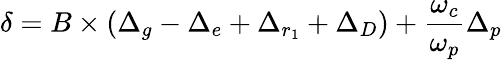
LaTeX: \delta=B\times(\Delta_{g}-\Delta_{e}+\Delta_{r_{1}}+\Delta_{D})+\frac{\omega_{c}}{\omega_{p}}\Delta_{p}